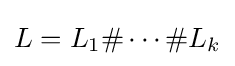
L=L_{1}\#\cdots \#L_{k}